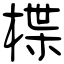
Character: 楪